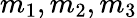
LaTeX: m_{1},m_{2},m_{3}